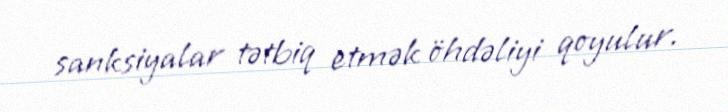
sanksiyalar tətbiq etmək öhdəliyi qoyulur.